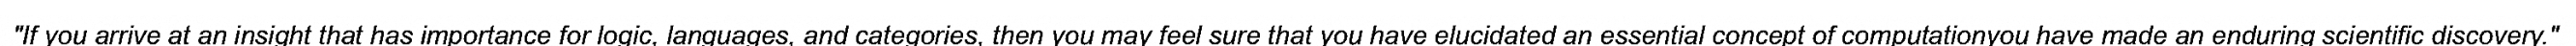
"If you arrive at an insight that has importance for logic, languages, and categories, then you may feel sure that you have elucidated an essential concept of computationyou have made an enduring scientific discovery."